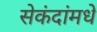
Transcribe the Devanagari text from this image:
सेकंदांमधे